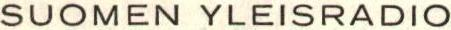
SUOMEN YLEISRADIO